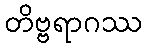
တိဗ္ဗရာဂဿ